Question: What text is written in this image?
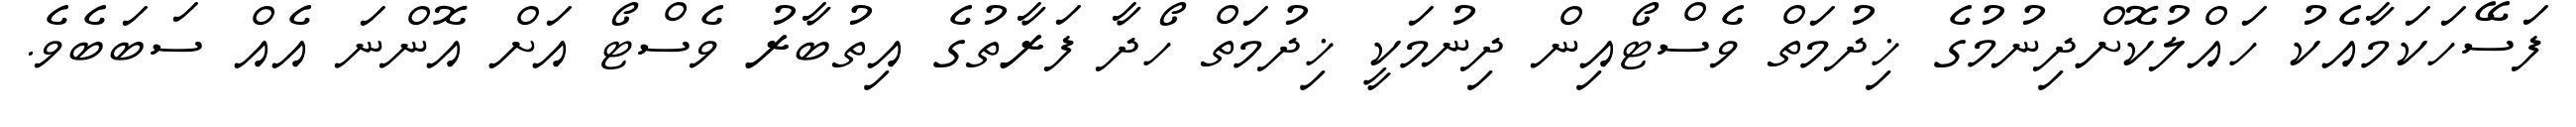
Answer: ފަސޭހަކަމާއެކު ހައްލުކޮށްދިނުމުގެ ޚިދުމަތް ވެސްޓޯއިން ދިނުމަކީ ޚިދުމަތް ހޯދާ ފަރާތުގެ އިތުބާރު ވެސްޓޯ އަށް އޮންނަ އެއް ސަބަބެވެ.